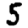
Digit: 5